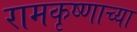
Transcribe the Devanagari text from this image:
रामकृष्णाच्या